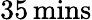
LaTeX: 35\, \mathrm{{mins}}